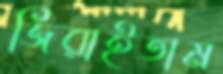
জিরাইতাম